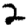
Digit: 2